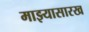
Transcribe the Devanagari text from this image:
माझ्यासारख